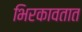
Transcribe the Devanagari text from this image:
भिरकावतात